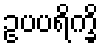
ဥပပရိက္ခိ